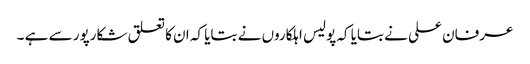
عرفان علی نے بتایا کہ پولیس اہلکاروں نے بتایا کہ ان کا تعلق شکارپور سے ہے ۔